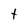
Character: t